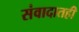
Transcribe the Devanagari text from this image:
संवादातही